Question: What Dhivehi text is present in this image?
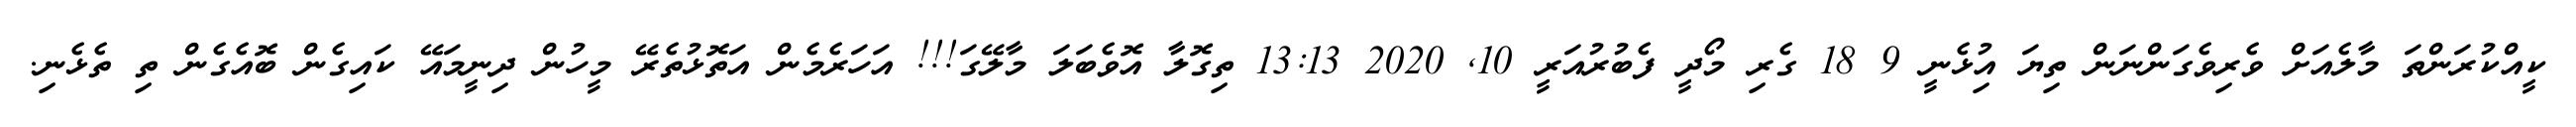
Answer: ކީއްކުރަންތަ މާލެއަށް ވެރިވެގަންނަން ތިޔަ އިުޅެނީ 9 18 ގެރި މޯދީ ފެބުރުއަރީ 10, 2020 13:13 ތިގޮލާ އޮވެބަލަ މާލޭގަ!!! އަހަރެމެން އަތޮޅުތެރޭ މީހުން ދިނީމައޭ ކައިގެން ބޮއެގެން ތި ތެޅެނި.